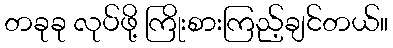
တခုခု လုပ်ဖို့ ကြိုးစားကြည့်ချင်တယ်။